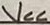
Text: Vcc